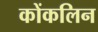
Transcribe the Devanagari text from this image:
कोंकलिन